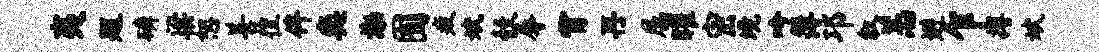
夷题磷梁恕善徨侔奕渤囿疲斌彀辱霄再属曜密境吟簿邛叙恙避乍搏斌